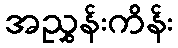
အညွှန်းကိန်း